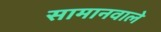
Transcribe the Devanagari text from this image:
सामानवाले